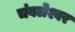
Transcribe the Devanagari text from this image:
चंवलेश्वर